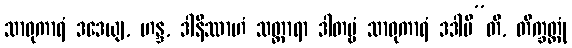
သာဓုကာရံ ဒဒေယျ, ဟန္ဒ, ဒါနိဿာဟံ သတ္ထာရာ ဒါတဗ္ဗံ သာဓုကာရံ ဒဒါမီ”တိ, တိက္ခတ္တုံ